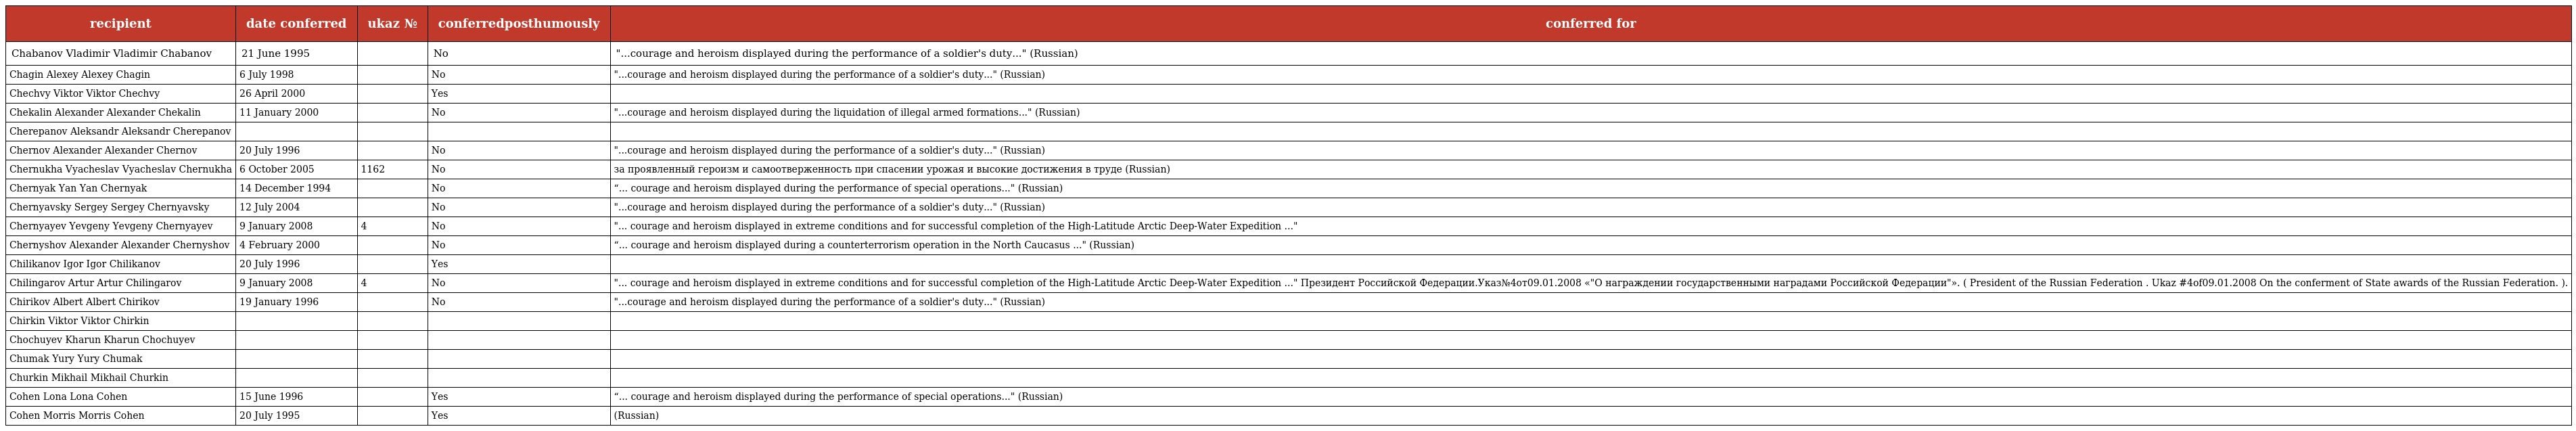
| recipient | date conferred | ukaz № | conferredposthumously | conferred for |
 | --- | --- | --- | --- | --- |
 | Chabanov Vladimir Vladimir Chabanov | 21 June 1995 |  | No | "...courage and heroism displayed during the performance of a soldier's duty..." (Russian) |
 | Chagin Alexey Alexey Chagin | 6 July 1998 |  | No | "...courage and heroism displayed during the performance of a soldier's duty..." (Russian) |
 | Chechvy Viktor Viktor Chechvy | 26 April 2000 |  | Yes |  |
 | Chekalin Alexander Alexander Chekalin | 11 January 2000 |  | No | "...courage and heroism displayed during the liquidation of illegal armed formations..." (Russian) |
 | Cherepanov Aleksandr Aleksandr Cherepanov |  |  |  |  |
 | Chernov Alexander Alexander Chernov | 20 July 1996 |  | No | "...courage and heroism displayed during the performance of a soldier's duty..." (Russian) |
 | Chernukha Vyacheslav Vyacheslav Chernukha | 6 October 2005 | 1162 | No | за проявленный героизм и самоотверженность при спасении урожая и высокие достижения в труде (Russian) |
 | Chernyak Yan Yan Chernyak | 14 December 1994 |  | No | “... courage and heroism displayed during the performance of special operations..." (Russian) |
 | Chernyavsky Sergey Sergey Chernyavsky | 12 July 2004 |  | No | "...courage and heroism displayed during the performance of a soldier's duty..." (Russian) |
 | Chernyayev Yevgeny Yevgeny Chernyayev | 9 January 2008 | 4 | No | "... courage and heroism displayed in extreme conditions and for successful completion of the High-Latitude Arctic Deep-Water Expedition ..." |
 | Chernyshov Alexander Alexander Chernyshov | 4 February 2000 |  | No | “... courage and heroism displayed during a counterterrorism operation in the North Caucasus ..." (Russian) |
 | Chilikanov Igor Igor Chilikanov | 20 July 1996 |  | Yes |  |
 | Chilingarov Artur Artur Chilingarov | 9 January 2008 | 4 | No | "... courage and heroism displayed in extreme conditions and for successful completion of the High-Latitude Arctic Deep-Water Expedition ..." Президент Российской Федерации.Указ№4от09.01.2008 «"О награждении государственными наградами Российской Федерации"». ( President of the Russian Federation . Ukaz #4of09.01.2008 On the conferment of State awards of the Russian Federation. ). |
 | Chirikov Albert Albert Chirikov | 19 January 1996 |  | No | "...courage and heroism displayed during the performance of a soldier's duty..." (Russian) |
 | Chirkin Viktor Viktor Chirkin |  |  |  |  |
 | Chochuyev Kharun Kharun Chochuyev |  |  |  |  |
 | Chumak Yury Yury Chumak |  |  |  |  |
 | Churkin Mikhail Mikhail Churkin |  |  |  |  |
 | Cohen Lona Lona Cohen | 15 June 1996 |  | Yes | “... courage and heroism displayed during the performance of special operations..." (Russian) |
 | Cohen Morris Morris Cohen | 20 July 1995 |  | Yes | (Russian) |